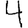
Digit: 4